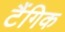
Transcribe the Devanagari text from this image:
टैंगिक